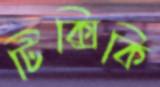
টিক্সিকি